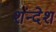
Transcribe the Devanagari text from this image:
शंन्देश